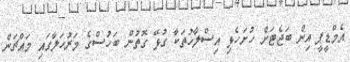
އެމްޑީޕީ އިން ބަޖެޓަށް ހުށަހެޅި އިސްލާހުތަކާ ގުޅޭ ގޮތުން ބަހުސްގެ މަރުހަލާގައި މައްޗަން